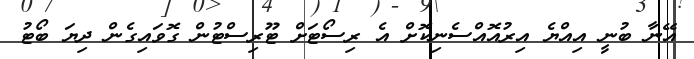
އޭނާ ބުނީ އިއްޔެ އިރުއޮއްސެނިކޮށް އެ ރިސޯޓަށް ޓޫރިސްޓުންް ގޮވައިގެން ދިޔަ ބޯޓު